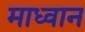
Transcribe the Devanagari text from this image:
माध्वान